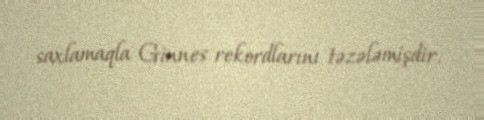
saxlamaqla Ginnes rekordlarını təzələmişdir.